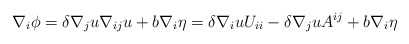
\begin{align*}\nabla_{i} \phi = \delta \nabla_{j} u \nabla_{ij} u + b \nabla_{i} \eta = \delta \nabla_i u U_{ii} - \delta \nabla_{j} u A^{ij} + b \nabla_{i} \eta\end{align*}